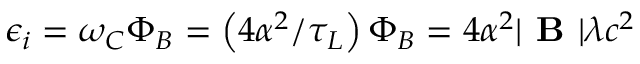
\epsilon _ { i } = \omega _ { C } \Phi _ { B } = \left( 4 \alpha ^ { 2 } / \tau _ { L } \right) \Phi _ { B } = 4 \alpha ^ { 2 } | \textbf { B } | \lambda c ^ { 2 }